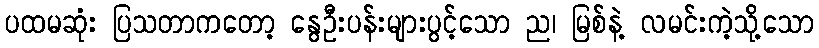
ပထမဆုံး ပြသတာကတော့ နွေဦးပန်းများပွင့်သော ည၊ မြစ်နဲ့ လမင်းကဲ့သို့သော